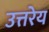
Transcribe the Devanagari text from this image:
उत्तरेय